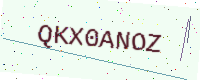
Text: QKX0ANOZ